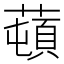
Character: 𦼿